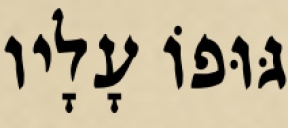
גּוּפוֹ עָלָיו